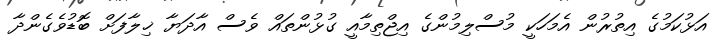
އަޅުކަމުގެ އިތުރުން އެމަހަކީ މުސްލިމުންގެ އިޖްތިމާއީ ގުޅުންތައް ވެސް އާދަޔާ ޚިލާފަށް ބޮޑުވެގެންދާ